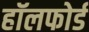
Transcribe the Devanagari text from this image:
हॉलफोर्ड